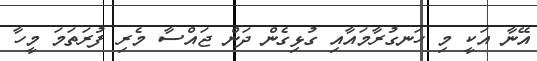
އޭނާ އަކީ މި ހަނގުރާމައާއި ގުޅިގެން ދަން ޖައްސާ މެރި ފުރަތަމަ މީހާ